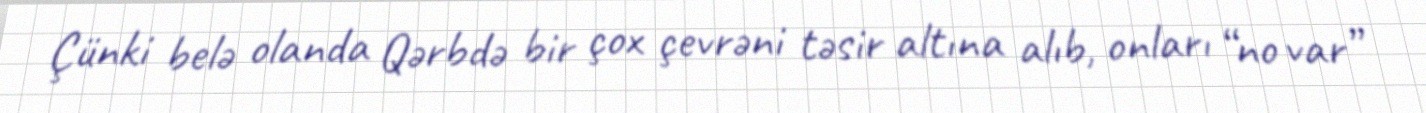
Çünki belə olanda Qərbdə bir çox çevrəni təsir altına alıb, onları “no var”